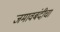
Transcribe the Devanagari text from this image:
जमावबंदीचा